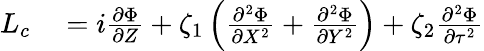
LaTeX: \begin{array}{rl}{{L}_{c}}&{{}=i\frac{\partial\Phi}{\partial Z}+\zeta_{1}\left(\frac{\partial^{2}\Phi}{\partial X^{2}}+\frac{\partial^{2}\Phi}{\partial Y^{2}}\right)+\zeta_{2}\frac{\partial^{2}\Phi}{\partial\tau^{2}}}\end{array}